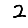
Digit: 2